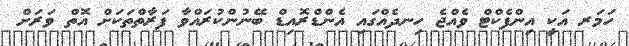
ހަމަރ އަކީ އިންފެކްޓް ވެއްޖެ ހިނދެއްގައި އެންޑްރޮއިޑް ބޭނުންކުރައްވާ ފަރާތްތަކަށް އޮތް ވަރަށް